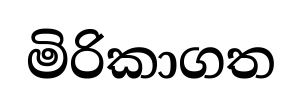
මිරිකාගත